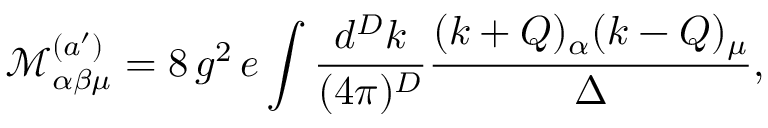
{ \mathcal { M } } _ { \alpha \beta \mu } ^ { ( a ^ { \prime } ) } = 8 \, g ^ { 2 } \, e \int \frac { d ^ { D } k } { ( 4 \pi ) ^ { D } } \frac { ( k + Q ) _ { \alpha } ( k - Q ) _ { \mu } } { \Delta } ,